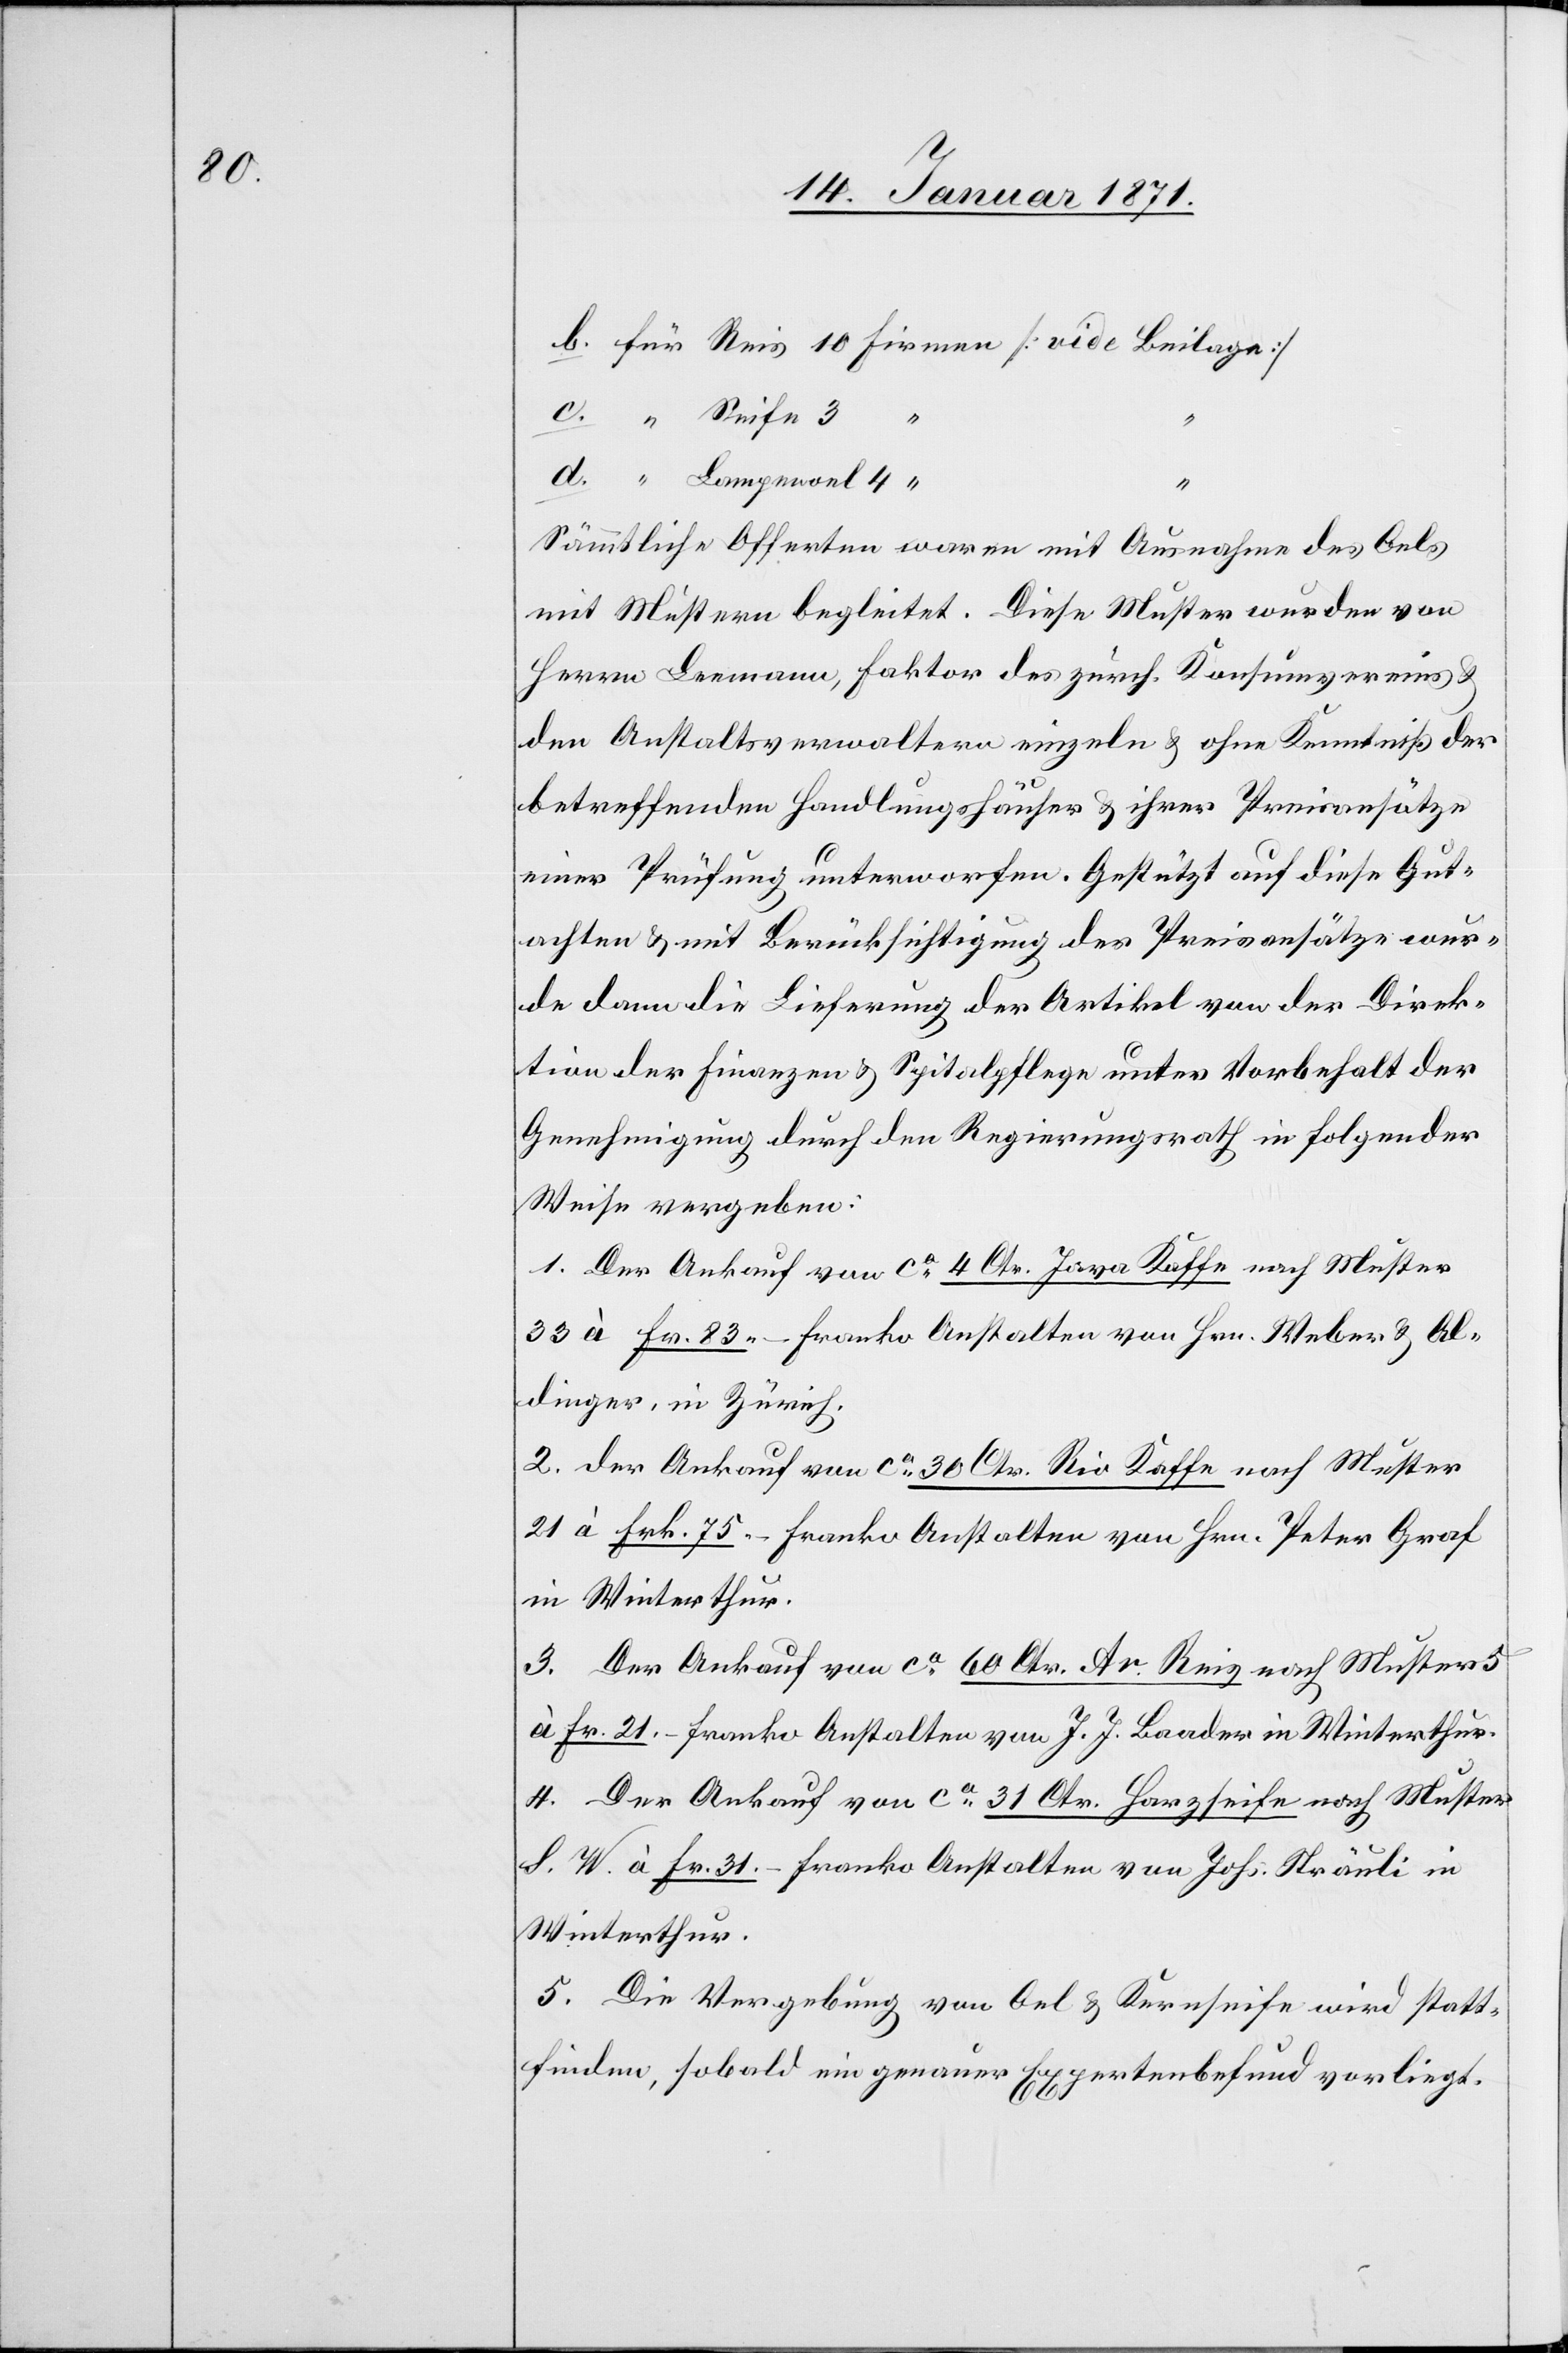
Sämtliche Offerten waren mit Ausnahme des Oels
mit Mustern begleitet. Diese Muster wurden von
Herrn Leemann, Faktor des zürch. Konsumvereins u.
den Anstaltsverwaltern einzeln u. ohne Kenntniß der
d.
betreffenden Handlungshäuser u. ihrer Preisansätze
einer Prüfung unterworfen. Gestützt auf diese Gut¬
achten u. mit Berücksichtigung der Preisansätze wur¬
de dann die Lieferung der Artikel von der Direk¬
tion der Finanzen u. Spitalpflege unter Vorbehalt der
Genehmigung durch den Regierungsrath in folgender
Weise vergeben:
1. Dem Ankauf von ca. 4 Ctr. Java Kaffe nach Muster
33 à Fr. 83.– franko Anstalten von Hrn. Weber u. Al¬
dinger, in Zürich.
2. der Ankauf von ca. 30 Ctr. Rio Kaffe nach Muster
21 à Frk. 75.– franko Anstalten von Hrn. Peter Graf
in Winterthur.
3. Der Ankauf von ca. 60 Ctr. Ar. Reis nach Muster 5
à Fr. 21 franko Anstalten von J. J. Baader in Winterthur.
4. Der Ankauf von ca. 31 Ctr. Harzseife nach Muster
S. W. à Fr. 31.– franko Anstalten von Johs. Sträuli in
Winterthur.
5. Die Vergebung von Oel u. Kernseife wird statt¬
finden, sobald ein genauer Expertenbefund vorliegt.